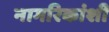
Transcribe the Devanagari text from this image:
नागरिकांशी